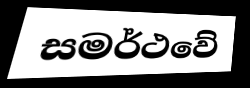
සමර්ථවේ